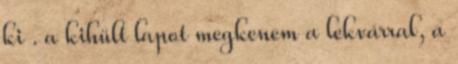
ki . a kihült lapot megkenem a lekvárral, a